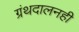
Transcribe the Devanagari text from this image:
ग्रंथदालनही